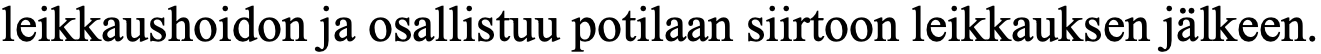
leikkaushoidon ja osallistuu potilaan siirtoon leikkauksen jälkeen.